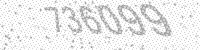
Solution: 736099